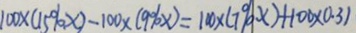
1 0 0 \times ( 1 5 \% x ) - 1 0 0 \times ( 9 \% \times ) = 1 0 \times ( 7 9 \% x ) + 1 0 0 \times 0 . 3 )